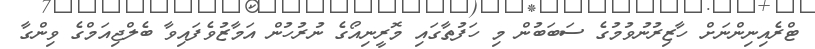
ޓްރެއިނިންނަށް ހާޒިރުނުވުމުގެ ސަބަބުން މި ހަފުތާގައި މޮރީނިއޯގެ ނުރުހުން އަމާޒުވެފައިވާ ބެލްޖިއަމްގެ ވިންގާ